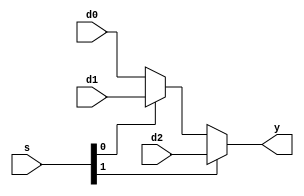
// vim: set expandtab:

// ADD CODE BELOW
// Add needed building blocks below (i.e., parameterizable muxes,
// registers, etc.). Remember, you can reuse code from previous labs.
// We've also provided a parameterizable 3:1 mux below for your
// convenience.

module mux3 (
    d0,
    d1,
    d2,
    s,
    y
);
    parameter WIDTH = 8;
    input wire [WIDTH - 1:0] d0;
    input wire [WIDTH - 1:0] d1;
    input wire [WIDTH - 1:0] d2;
    input wire [1:0] s;
    output wire [WIDTH - 1:0] y;
    assign y = (s[1] ? d2 : (s[0] ? d1 : d0));
endmodule